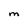
Character: M